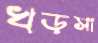
খড়সা